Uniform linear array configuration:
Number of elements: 24
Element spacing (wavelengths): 0.25
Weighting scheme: exponential
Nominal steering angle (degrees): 60
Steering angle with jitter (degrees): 58.505
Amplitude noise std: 0.05
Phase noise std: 0.05

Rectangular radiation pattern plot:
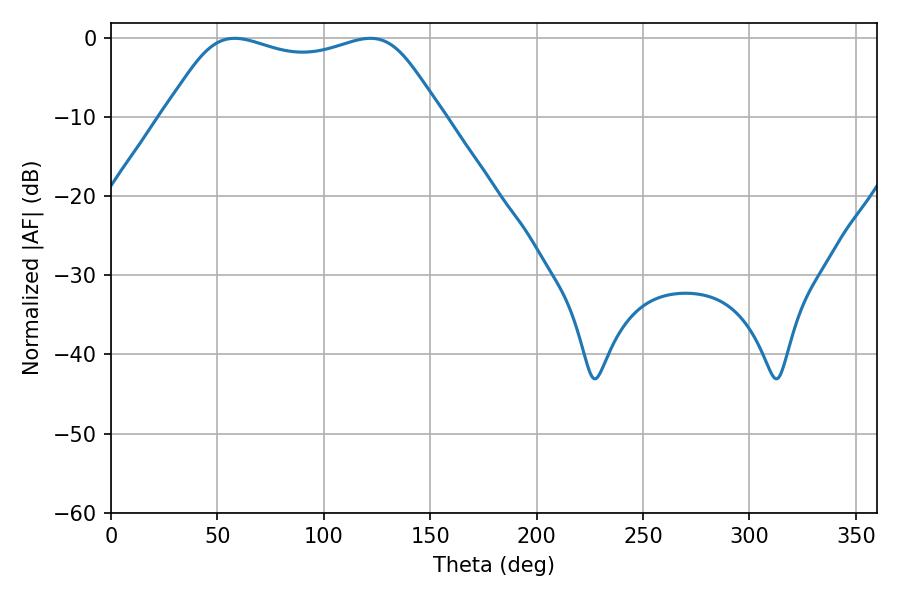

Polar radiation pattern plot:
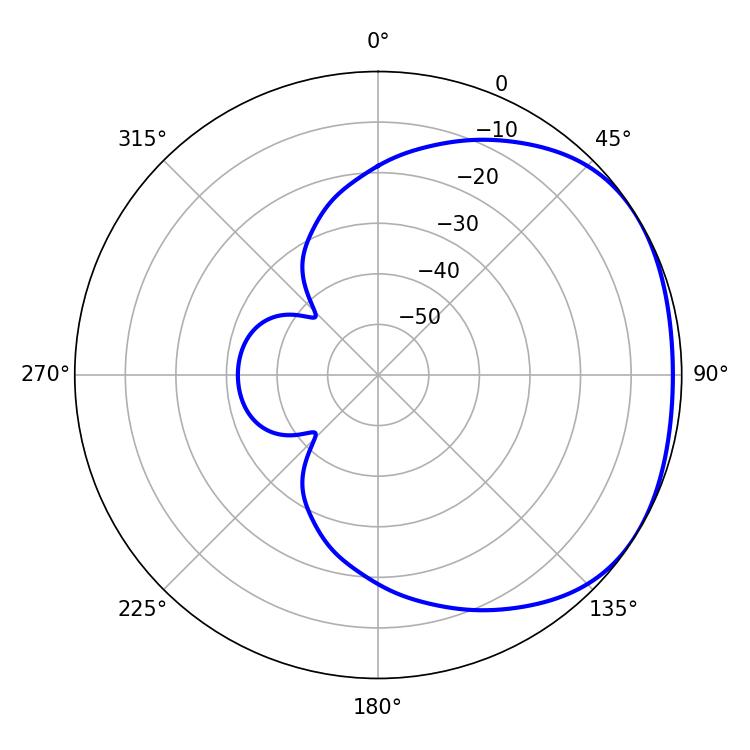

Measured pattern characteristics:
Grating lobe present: FALSE
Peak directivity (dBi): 1.732
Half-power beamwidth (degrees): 99.72
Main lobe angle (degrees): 58.14